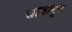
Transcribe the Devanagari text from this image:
द्यावानूरु